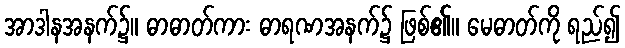
အာဒါနအနက်၌။ ဓာဓာတ်ကား ဓာရဏအနက်၌ ဖြစ်၏။ မေဓာတ်ကို ရည်၍